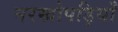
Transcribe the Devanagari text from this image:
नरखोपड़ियाँ